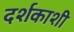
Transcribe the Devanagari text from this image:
दर्शकाशी